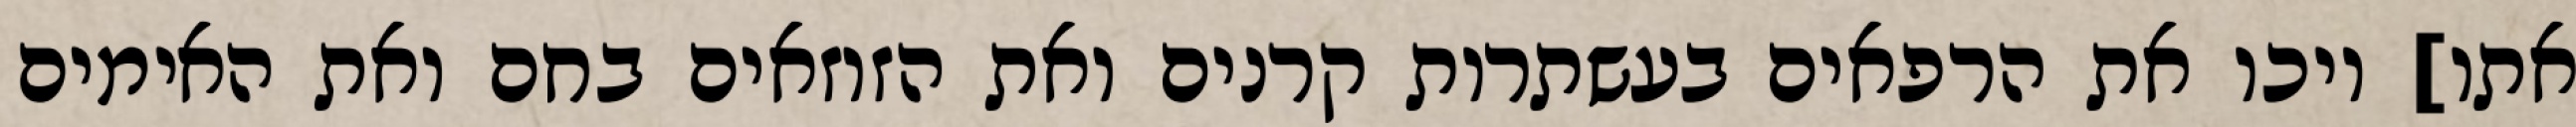
אתו] ויכו את הרפאים בעשתרות קרנים ואת הזוזאים בחם ואת האימים